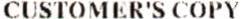
CUSTOMER'S COPY